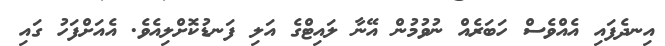
އިނދެފައި އެއްވެސް ހަބަރެއް ނުވުމުން އޭނާ ލައިޓްގެ އަލި ފަނޑުކޮށްލިއެވެ. އެއަށްފަހު ގައި